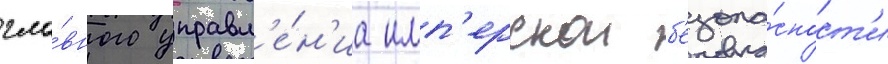
гла́вного управл'е́н'иа имп'ерскои б'езопа́сност'и